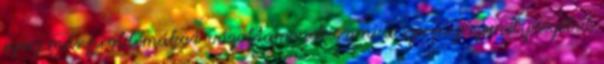
egész más problémákat vázoltam neki, ami a szerény személyiségéből